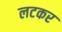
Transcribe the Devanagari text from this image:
लटकर